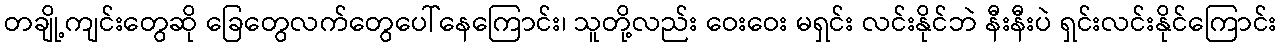
တချို့ကျင်းတွေဆို ခြေတွေလက်တွေပေါ်နေကြောင်း၊ သူတို့လည်း ဝေးဝေး မရှင်း လင်းနိုင်ဘဲ နီးနီးပဲ ရှင်းလင်းနိုင်ကြောင်း